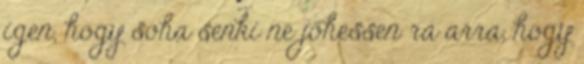
igen, hogy soha senki ne jöhessen rá arra, hogy